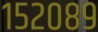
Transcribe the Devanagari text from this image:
१५२०८९